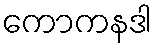
ကောကနဒါ